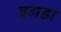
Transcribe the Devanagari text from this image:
बगडा